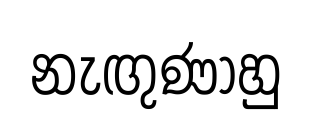
නැඟුණාහු